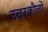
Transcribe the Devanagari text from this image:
उत्तरकौलों